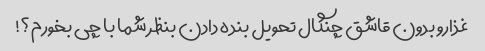
غذارو بدون قاشق چنگال تحویل بنده دادن بنظر شما با چی بخورم؟!